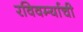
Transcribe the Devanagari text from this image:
रविवर्म्याची